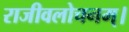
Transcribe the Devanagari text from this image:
राजीवलोचनम्‌।